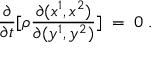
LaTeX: \frac { \partial } { \partial t } [ \rho \frac { \partial ( x ^ { 1 } , x ^ { 2 } ) } { \partial ( y ^ { 1 } , y ^ { 2 } ) } ] \; = \; 0 \; .